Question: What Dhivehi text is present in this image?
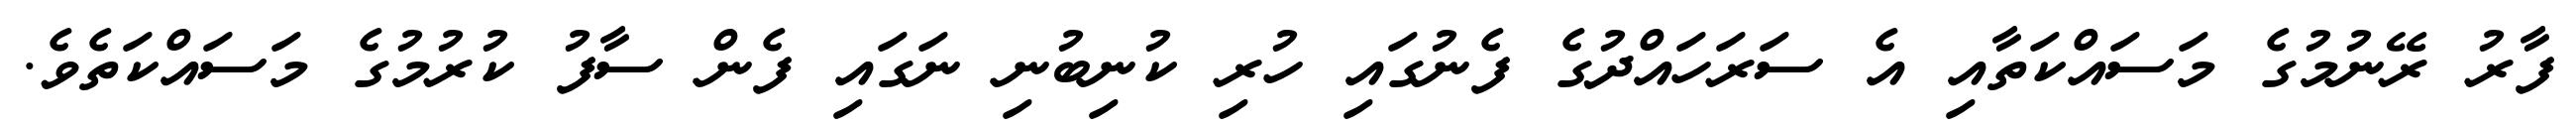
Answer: ފާރު ރޭނުމުގެ މަސައްކަތާއި އެ ސަރަހައްދުގެ ފެނުގައި ހުރި ކުނިބުނި ނަގައި ފެން ސާފު ކުރުމުގެ މަސައްކަތެވެ.